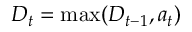
\boldsymbol { D } _ { t } = \operatorname* { m a x } ( \boldsymbol { D } _ { t - 1 } , \boldsymbol { a } _ { t } )